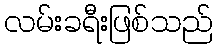
လမ်းခရီးဖြစ်သည်